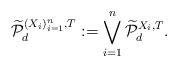
LaTeX: \begin{align*}\widetilde{\mathcal{P}}_d^{(X_i)_{i=1}^n,T}:=\bigvee_{i = 1}^n\widetilde{\mathcal{P}}_d^{X_i,T}.\end{align*}